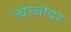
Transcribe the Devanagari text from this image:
त्यंच्यावर